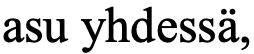
asu yhdessä,